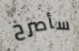
سأصرخ